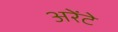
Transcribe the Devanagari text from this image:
अरेंटे